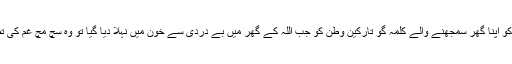
اس کے ملک کو اپنا گھر سمجھنے والے کلمہ گو تارکین وطن کو جب اللہ کے گھر میں بے دردی سے خون میں نہلا دیا گیا تو وہ سچ مچ غم کی تصویر بن گئی۔